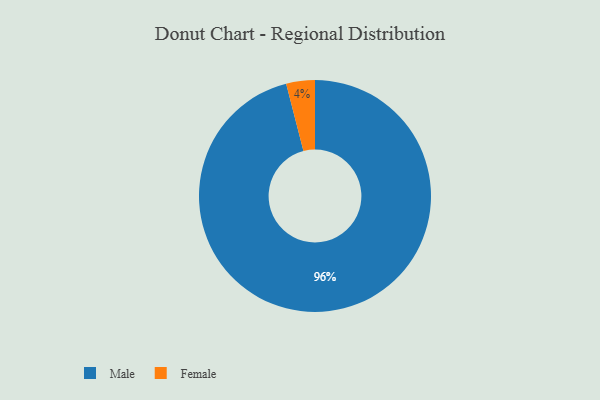
{"axis": {"x": "Category", "y": "Percentage"}, "legend": ["Female", "Male"], "data": [{"x": "Female", "y": 4, "type": "Female"}, {"x": "Male", "y": 96, "type": "Male"}]}